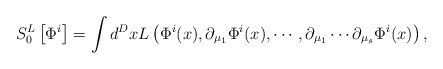
\begin{align*}S_0^L\left[ \Phi ^i\right] =\int d^DxL\left( \Phi ^i(x),\partial_{\mu _1}\Phi ^i(x),\cdots ,\partial _{\mu _1}\cdots \partial _{\mu _s}\Phi^i(x)\right) ,\end{align*}